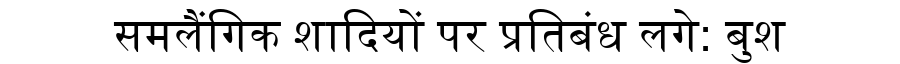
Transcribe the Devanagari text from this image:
समलैंगिक शादियों पर प्रतिबंध लगे: बुश